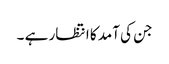
جن کی آمد کا انتظار ہے ۔